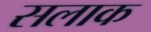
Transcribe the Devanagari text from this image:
सलाक